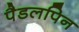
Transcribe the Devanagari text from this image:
पैडलपिन